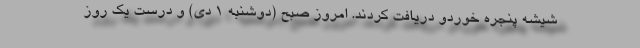
شیشه پنجره خوردو دریافت کردند. امروز صبح (دوشنبه 1 دی) و درست یک روز